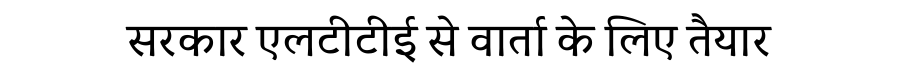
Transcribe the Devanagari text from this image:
सरकार एलटीटीई से वार्ता के लिए तैयार